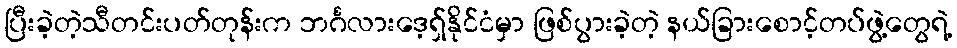
ပြီးခဲ့တဲ့သီတင်းပတ်တုန်းက ဘင်္ဂလားဒေ့ရှ်နိုင်ငံမှာ ဖြစ်ပွားခဲ့တဲ့ နယ်ခြားစောင့်တပ်ဖွဲ့တွေရဲ့